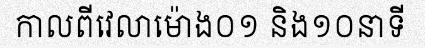
កាលពីវេលាម៉ោង០១ និង១០នាទី